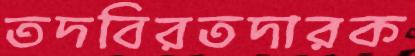
তদবিরতদারক